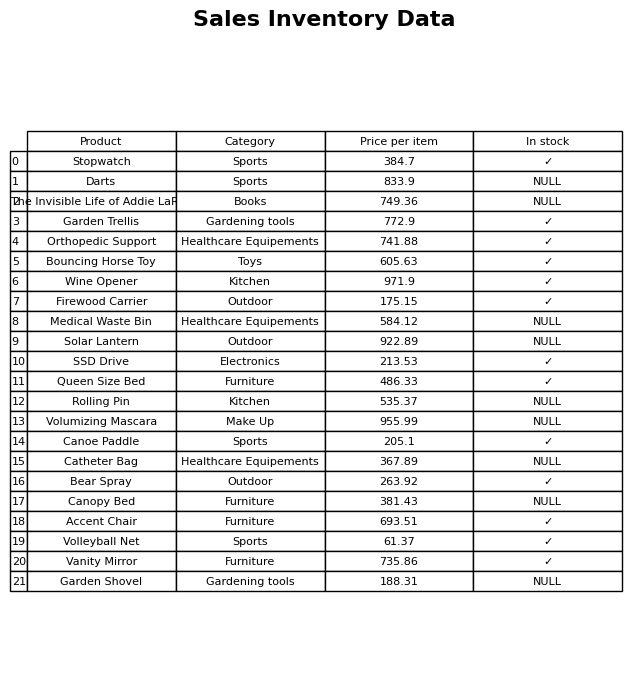
question: What is the price for Rolling Pin?
answer: The price of Rolling Pin is 535.37.